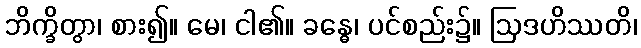
ဘိက္ခိတွာ၊ စား၍။ မေ၊ ငါ၏။ ခန္ဓေ၊ ပင်စည်း၌။ ဩဒဟိဿတိ၊